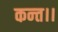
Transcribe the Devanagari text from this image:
कन्‍त।।